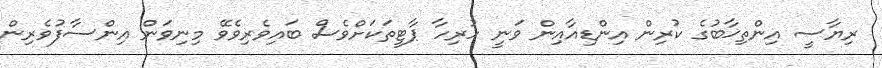
ރިޔާސީ އިންތިޚާބުގެ ކުރިން އިންޑިއާއިން ވަނީ ހުރިހާ ޕާޓީތަކަށްވެސް ބައިވެރިވެވޭ މިނިވަން އިންސާފުވެރިން